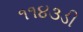
૧૧૪૩ડી